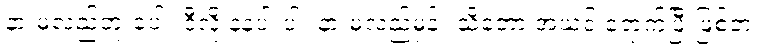
နားမလည်ဘူးပေါ့။ ဒီလို နဲနဲပါးပါး နားမလည်မှန်း သိတော့ အယင် ရောက်ပြီးဖြစ်တဲ့